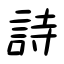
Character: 詩